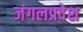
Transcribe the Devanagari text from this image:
जंगलप्रदेश